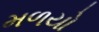
મળયો